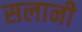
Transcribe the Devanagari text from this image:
सलानी